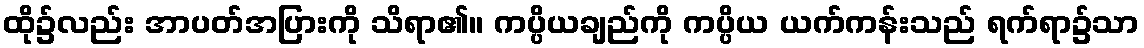
ထို၌လည်း အာပတ်အပြားကို သိရာ၏။ ကပ္ပိယချည်ကို ကပ္ပိယ ယက်ကန်းသည် ရက်ရာ၌သာ